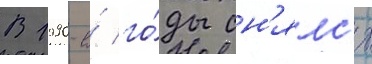
В 1990-е́ го́ды сн'ялс'я